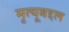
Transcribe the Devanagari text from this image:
मृत्यूबद्दल